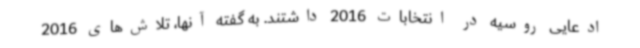
ادعایی روسیه در انتخابات 2016 داشتند. به گفته آنها، تلاش‌های 2016